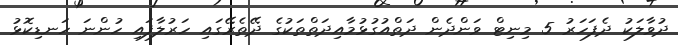
ދުވާލަކު ދެފަހަރު 5 މިނިޓް ވަންދެން ދަތްއުގުޅުމާއިދަތްތަކުގެ ދޭތެރޭގައި ހަރުލާފައި ހުންނަ ހަނޑިކޮޅު